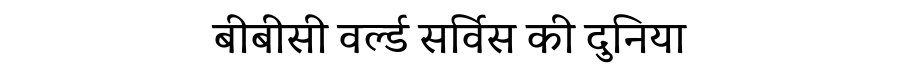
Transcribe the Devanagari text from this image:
बीबीसी वर्ल्ड सर्विस की दुनिया